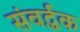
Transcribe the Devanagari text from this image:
संवर्द्धक